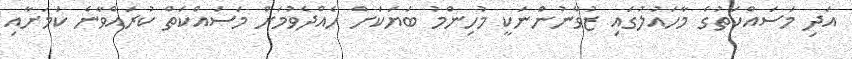
އަދި މަސައްކަތުގެ މާހައުލުގައި ޒުވާނުންނަކީ މުހިންމު ބަޔަކަށް ހެއްދެވުމަށް މަސައްކަތް ކުރައްވާނެ ކަމަށާއި